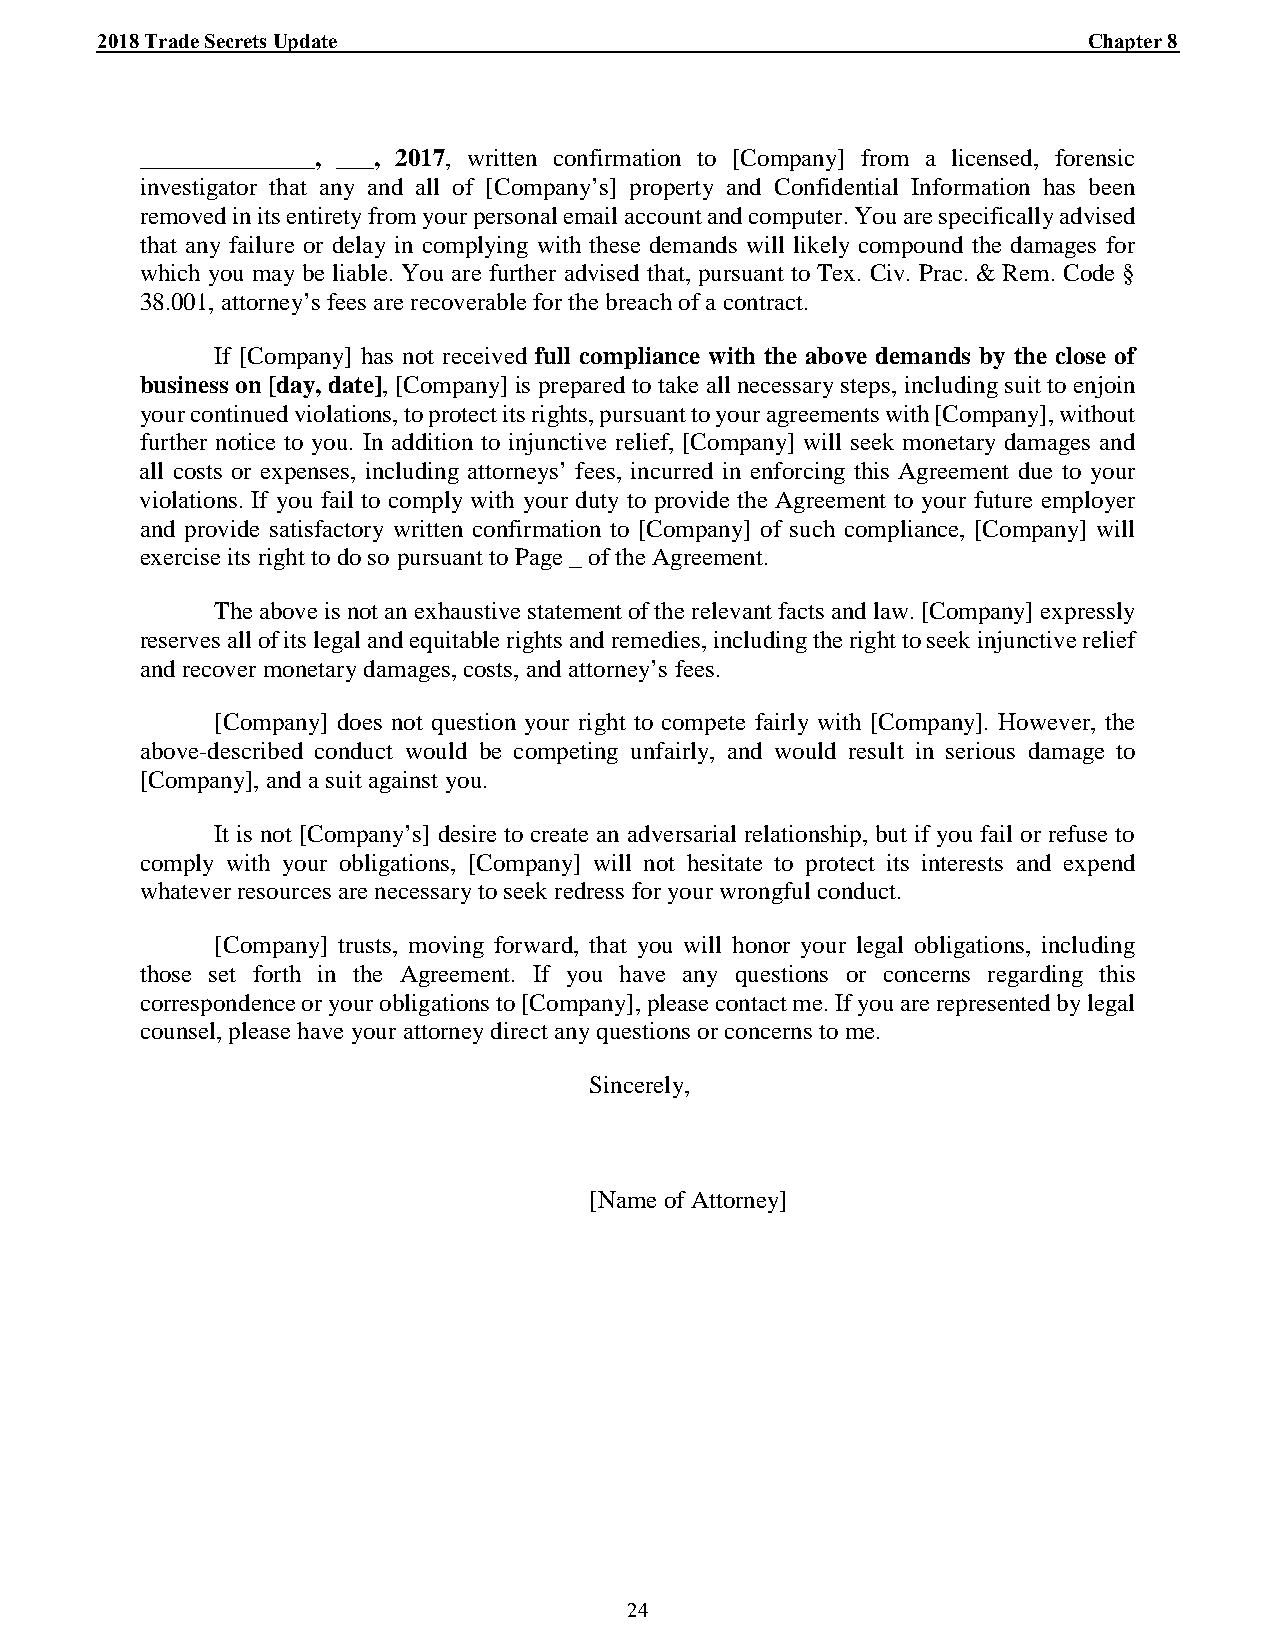
_2_0_1_8_ T_r_a_d_e_ _S_e_c_r_e_ts_ U__p_d_a_t_e_________________________________________________________________________C_h_a_p_t_e_r_ 8_
 ______________, ___, 2017, written confirmation to [Company] from a licensed, forensic
 investigator that any and all of [Company’s] property and Confidential Information has been
 removed in its entirety from your personal email account and computer. You are specifically advised
 that any failure or delay in complying with these demands will likely compound the damages for
 which you may be liable. You are further advised that, pursuant to Tex. Civ. Prac. & Rem. Code §
 38.001, attorney’s fees are recoverable for the breach of a contract.
 If [Company] has not received full compliance with the above demands by the close of
 business on [day, date], [Company] is prepared to take all necessary steps, including suit to enjoin
 your continued violations, to protect its rights, pursuant to your agreements with [Company], without
 further notice to you. In addition to injunctive relief, [Company] will seek monetary damages and
 all costs or expenses, including attorneys’ fees, incurred in enforcing this Agreement due to your
 violations. If you fail to comply with your duty to provide the Agreement to your future employer
 and provide satisfactory written confirmation to [Company] of such compliance, [Company] will
 exercise its right to do so pursuant to Page _ of the Agreement.
 The above is not an exhaustive statement of the relevant facts and law. [Company] expressly
 reserves all of its legal and equitable rights and remedies, including the right to seek injunctive relief
 and recover monetary damages, costs, and attorney’s fees.
 [Company] does not question your right to compete fairly with [Company]. However, the
 above-described conduct would be competing unfairly, and would result in serious damage to
 [Company], and a suit against you.
 It is not [Company’s] desire to create an adversarial relationship, but if you fail or refuse to
 comply with your obligations, [Company] will not hesitate to protect its interests and expend
 whatever resources are necessary to seek redress for your wrongful conduct.
 [Company] trusts, moving forward, that you will honor your legal obligations, including
 those set forth in the Agreement. If you have any questions or concerns regarding this
 correspondence or your obligations to [Company], please contact me. If you are represented by legal
 counsel, please have your attorney direct any questions or concerns to me.
 Sincerely,
 [Name of Attorney]
 24